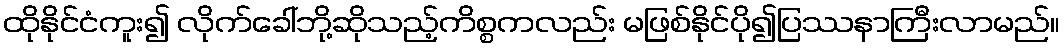
ထိုနိုင်ငံကူး၍ လိုက်ခေါ်ဘို့ဆိုသည့်ကိစ္စကလည်း မဖြစ်နိုင်ပို၍ပြဿနာကြီးလာမည်။